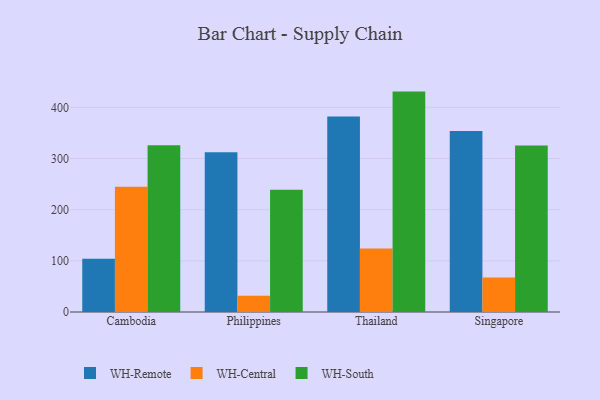
{"axis": {"x": "Country", "y": "Conversion Rate (%)"}, "legend": ["WH-Central", "WH-Remote", "WH-South"], "data": [{"x": "Cambodia", "y": 104.0, "type": "WH-Remote"}, {"x": "Cambodia", "y": 244.6, "type": "WH-Central"}, {"x": "Cambodia", "y": 326.1, "type": "WH-South"}, {"x": "Philippines", "y": 312.1, "type": "WH-Remote"}, {"x": "Philippines", "y": 32.0, "type": "WH-Central"}, {"x": "Philippines", "y": 238.8, "type": "WH-South"}, {"x": "Thailand", "y": 382.0, "type": "WH-Remote"}, {"x": "Thailand", "y": 124.1, "type": "WH-Central"}, {"x": "Thailand", "y": 430.8, "type": "WH-South"}, {"x": "Singapore", "y": 353.9, "type": "WH-Remote"}, {"x": "Singapore", "y": 67.4, "type": "WH-Central"}, {"x": "Singapore", "y": 325.3, "type": "WH-South"}]}